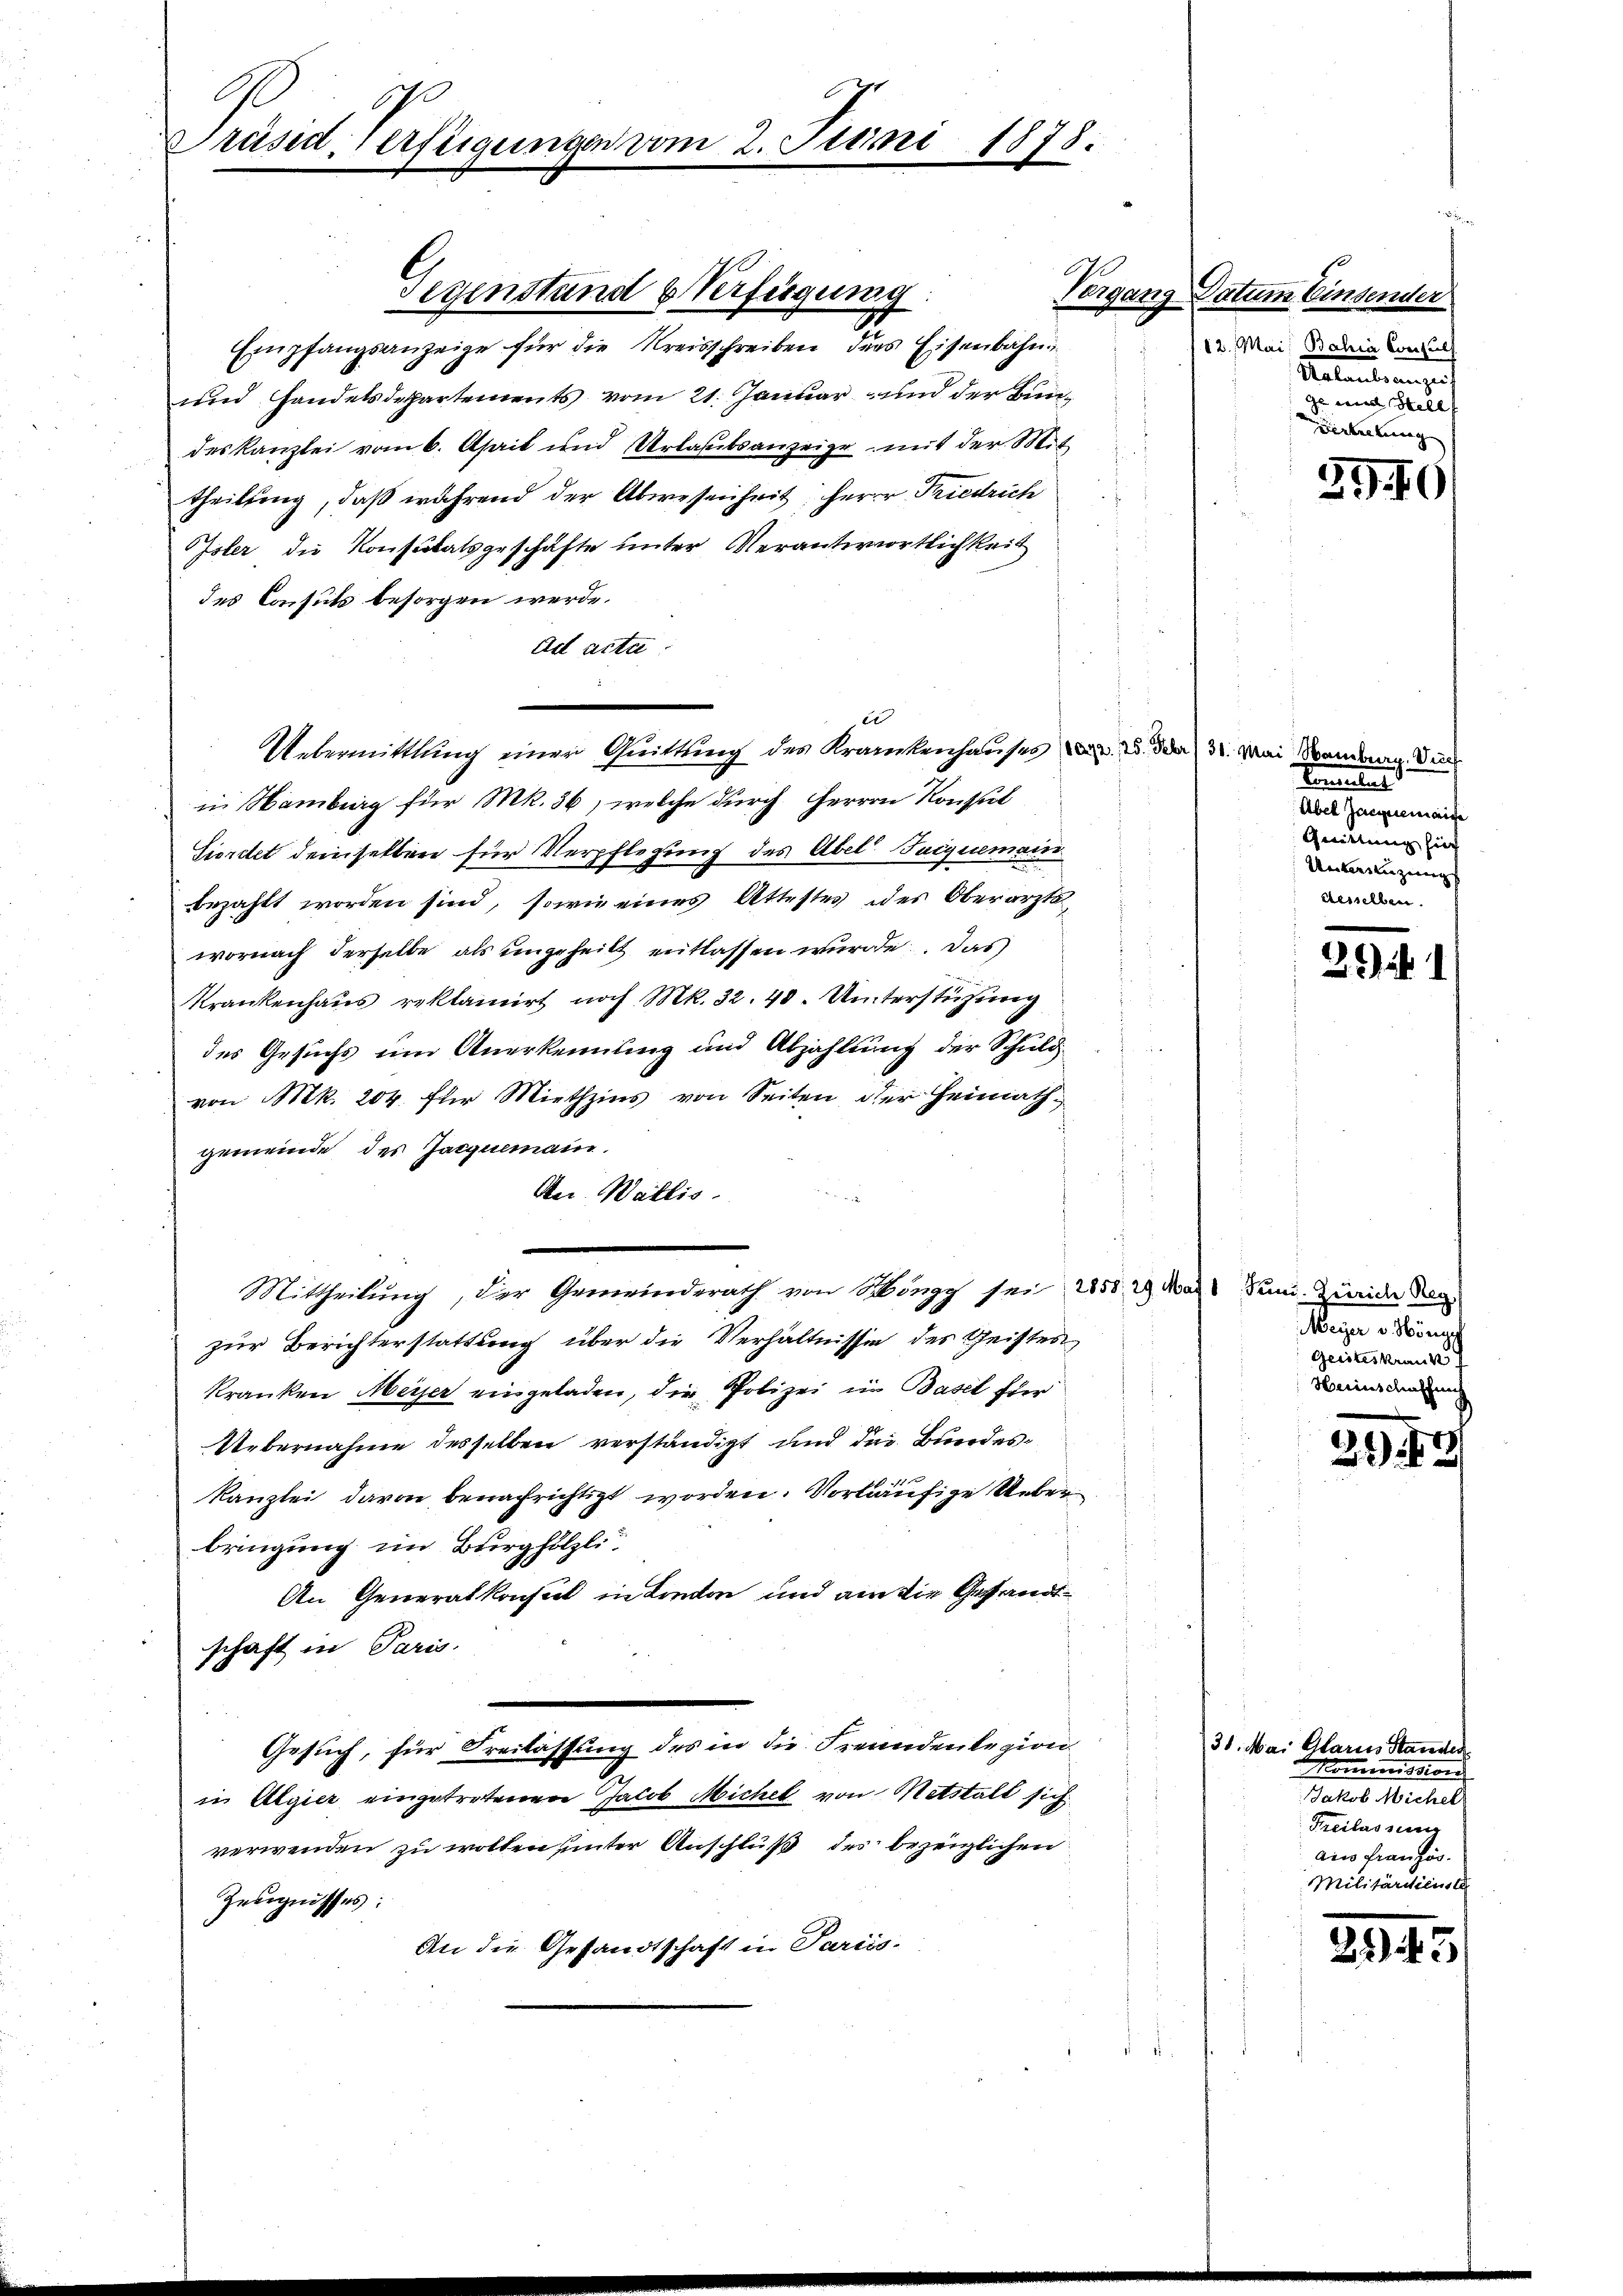
Präsid. Verfügungen vom 2. Juni 1878.

Empfangsanzeige für die Kreisschreiben ders Eisenbahn
und Handelsdepartements vom 21. Januar und der Bundeskanzlei vom 6. April und Urlautsanzeige mit der Mittheilung, daß während der Abwesenheit, Herrn Friedrich
Oster die Konsulatsgeschäfte unter Verantwortlichkeit
des Consuls besorgen werde.
Ad acta
in Namburg für Mk. 36, welche durch Herren Konsul
Sierdtet demselben für Verpflegung des Abel Jaiquemain
bezahlt worden sind, sowie eines Attestes des Oberarztswornach derselbe als ungeheilt entlassen wurde. Das
Krankenhaus reklamirt noch Mk. 32. 40. Unterstüzung
des Gesuchs um Anerkennung und Abzahlung der Schuld
von Mk. 204 für Miethzins von Seiten der Heimathgemeinde des Jacquemain.
Ater. Wallis.

Mittheilung, der Gemeinderath von Schöngg sei 1858. 29 Mal Juni. Zürich den
zur Berichterstattung über die Verhältnissen des Geistes
kranken Meiser eingeladen, die Polizei in Basel für
Übernahme desselben verständigt und die Bundes¬
Kanzlei davon benachrichtigt worden. Vorläufige Ueberbringung im Burghölzli.
An Generalkonsul in Lieden und am die Gesandt¬
.
schaft in Paris.
Gesuch, für Freilassung des in die Freundenlegion
in Algier eingetretenen Jacob Michel von Mitstalt sich
verwenden zu wollen unter Anschluß des bezeiglichen
Zeugnisses:
An die Gesandtschaft in Pariis-

Segenstand & Verfügung

i
Uebermittlung einer Quittung des Krankenhauses v. 23. Der 31. Mai Santag dur

Vergang Datum Einsender

12. Mai
Bahia Consuls
Retent angef
ge und Stell
Verteilung

39.10

Ernteilen
Aeget
Quittung hier
Werkerstenzerung
desselben.

29)

Meyer v. Hören
Geisteskrank
Herinschaschung

39.15

31. Mai Alarius Standen
Mommission
Jakob Michels
Freilassung
ain französ.
Militärdienste

223